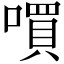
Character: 嘪